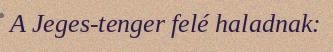
A Jeges-tenger felé haladnak: